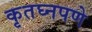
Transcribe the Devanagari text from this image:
कृतघ्नपणे